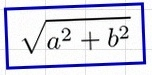
\sqrt{a^2+b^2}